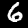
Label: 6